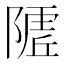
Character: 𱀭